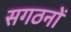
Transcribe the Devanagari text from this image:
सगठनों